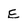
Character: E